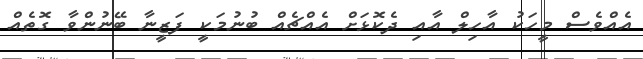
އެއްވެސް މީހަކު އާހިލް އާއި ދެކޮޅަށް އެއްޗެއް ބުނުމަކީ ފަޒީނާ ބޭނުންވާ ގޮތެއް